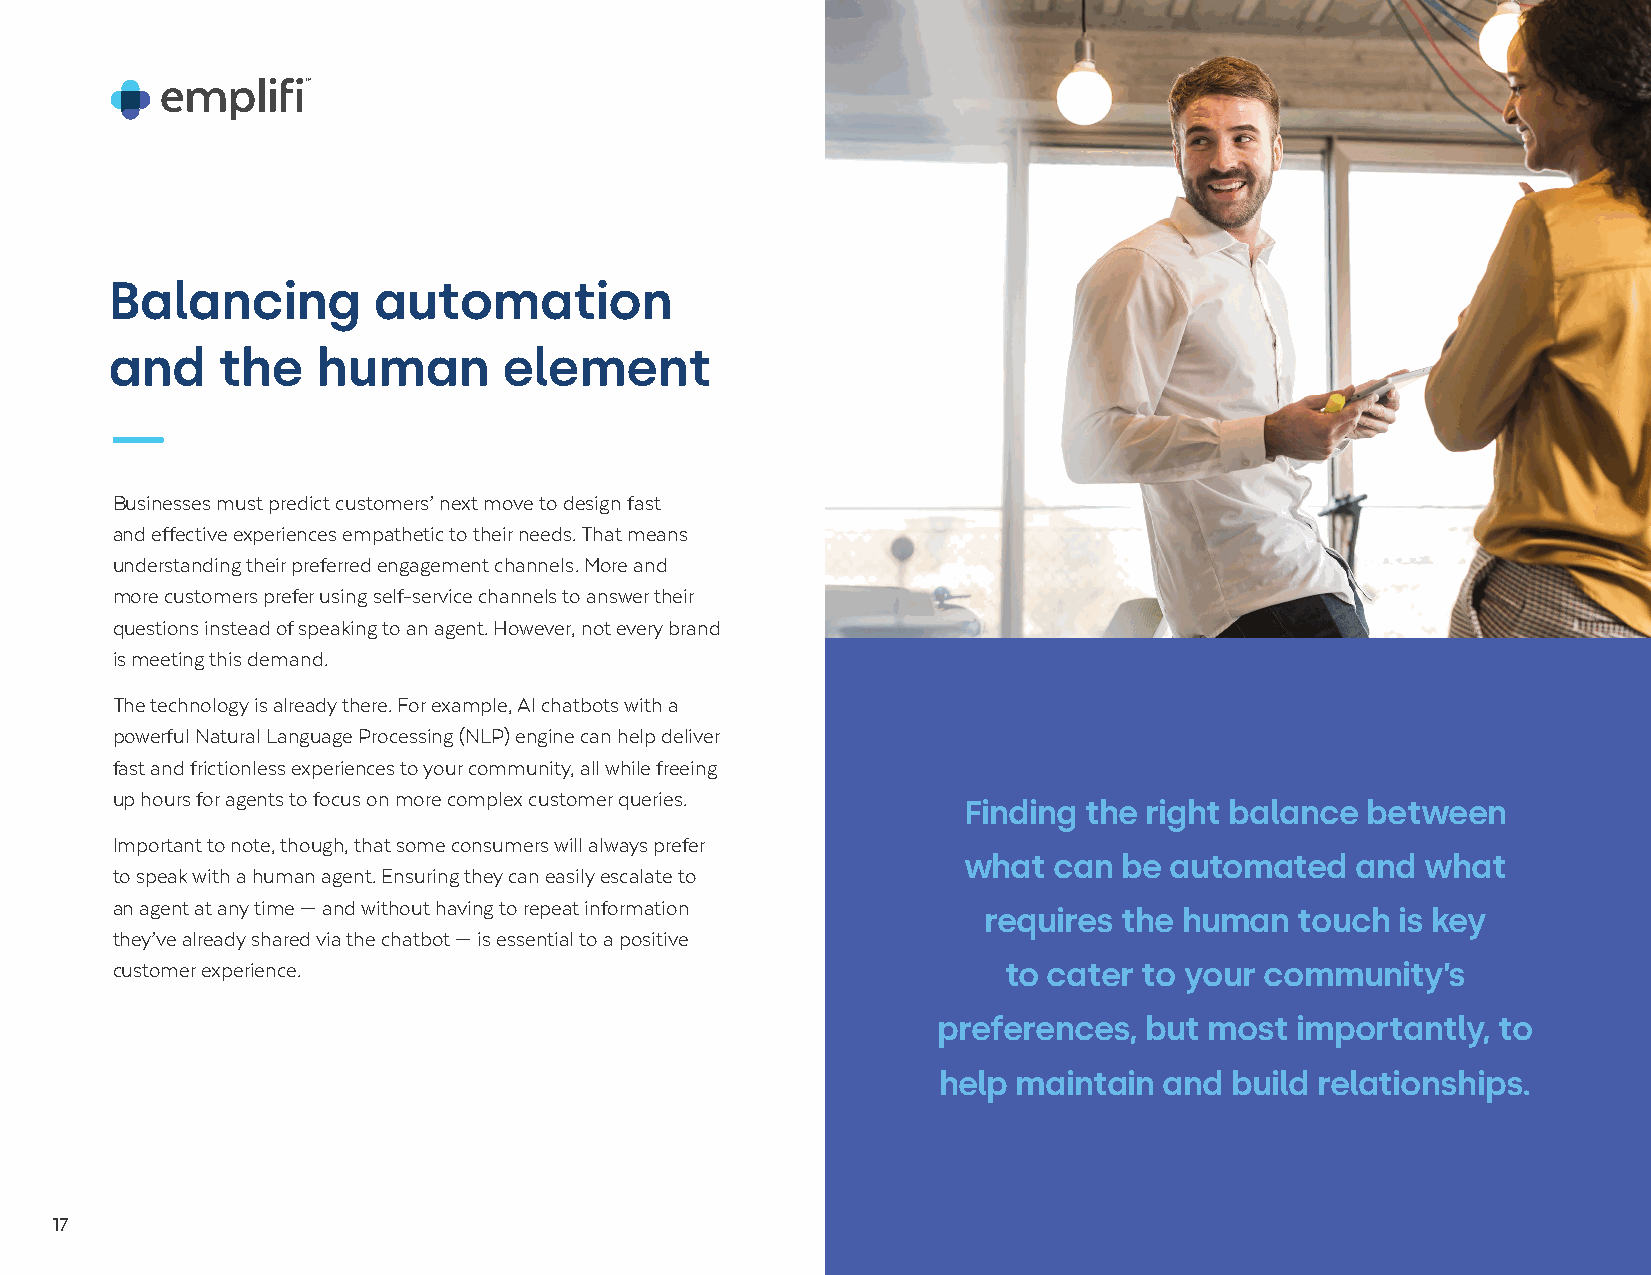
Balancing         automation
 and    the    human       element
 Businesses must predict customers’ next move to design fast
 and effective experiences empathetic to their needs. That means
 understanding their preferred engagement channels. More and
 more customers prefer using self-service channels to answer their
 questions instead of speaking to an agent. However, not every brand
 is meeting this demand.
 The technology is already there. For example, AI chatbots with a
 powerful Natural Language Processing (NLP) engine can help deliver
 fast and frictionless experiences to your community, all while freeing
 up hours for agents to focus on more complex customer queries.
 Finding the right balance between
 Important to note, though, that some consumers will always prefer
 what  can be automated    and what
 to speak with a human agent. Ensuring they can easily escalate to
 an agent at any time — and without having to repeat information
 requires the human   touch  is key
 they’ve already shared via the chatbot — is essential to a positive
 customer experience.                                       to cater  to your community’s
 preferences,  but most  importantly, to
 help maintain  and  build relationships.
 17                                                                                                   1717